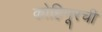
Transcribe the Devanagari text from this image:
कोहिनूरची